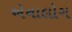
ઍનાલોગ